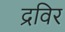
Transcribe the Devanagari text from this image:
द्रविर